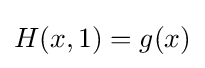
H(x,1)=g(x)